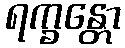
ရက္ခန္တော